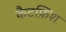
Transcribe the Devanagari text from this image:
कैटफ़िश